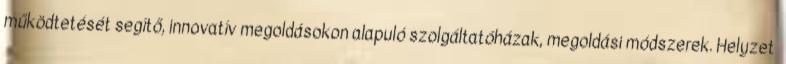
működtetését segítő, innovatív megoldásokon alapuló szolgáltatóházak, megoldási módszerek. Helyzet